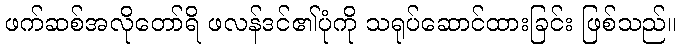
ဖက်ဆစ်အလိုတော်ရိ ဖလန်ဒင်၏ပုံကို သရုပ်ဆောင်ထားခြင်း ဖြစ်သည်။